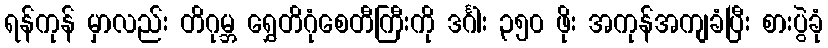
ရန်ကုန် မှာလည်း တိဂုမ္ဘ ရွှေတိဂုံစေတီကြီးကို ဒင်္ဂါး ၃၅၀ ဖိုး အကုန်အကျခံပြီး စားပွဲခုံ